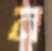
ন